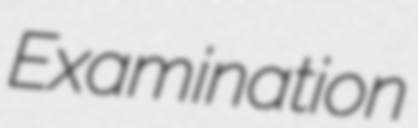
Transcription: Examination